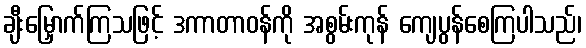
ချီးမြှောက်ကြသဖြင့် ဒကာတာဝန်ကို အစွမ်းကုန် ကျေပွန်စေကြပါသည်၊